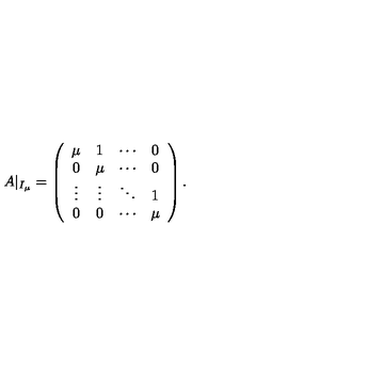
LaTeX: A | _ { I _ { \mu } } = \left( \begin{array} { c c c c } { \mu } & { 1 } & { \cdots } & { 0 } \\ { 0 } & { \mu } & { \cdots } & { 0 } \\ { \vdots } & { \vdots } & { \ddots } & { 1 } \\ { 0 } & { 0 } & { \cdots } & { \mu } \\ \end{array} \right) .